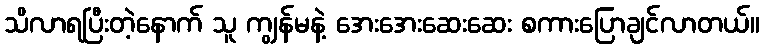
သိလာရပြီးတဲ့နောက် သူ ကျွန်မနဲ့ အေးအေးဆေးဆေး စကားပြောချင်လာတယ်။